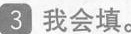
3我会填。